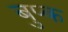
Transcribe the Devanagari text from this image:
बुप्क